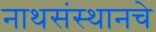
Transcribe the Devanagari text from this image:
नाथसंस्थानचे